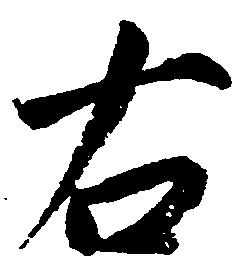
右